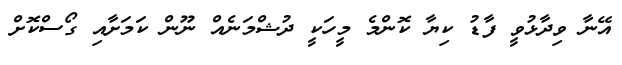
އޭނާ ވިދާޅުވީ ފާޑު ކިޔާ ކޮންމެ މީހަކީ ދުޝްމަނެއް ނޫން ކަމަށާއި ގޯސްކޮށް